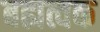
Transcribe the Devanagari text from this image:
बह्यत्वक